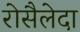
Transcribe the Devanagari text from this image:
रोसैलेदा